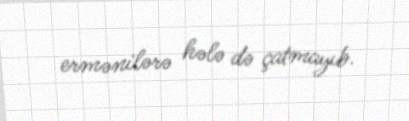
ermənilərə hələ də çatmayıb.